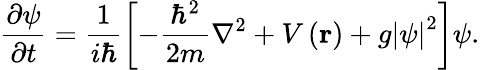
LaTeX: \frac{\partial\psi}{\partial t}=\frac{1}{i\hbar}\left[-\frac{\hbar^{2}}{2m}\nabla^{2}+V\left(\mathbf{r}\right)+g\left|\psi\right|^{2}\right]\psi.